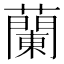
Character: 蘭